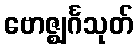
ဗောဇ္ဈင်္ဂသုတ်